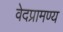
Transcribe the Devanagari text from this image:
वेदप्रामण्य